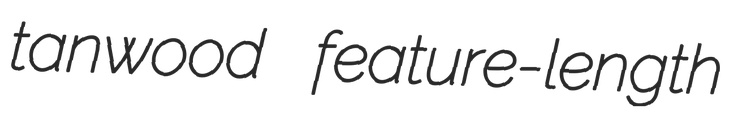
tanwood feature-length